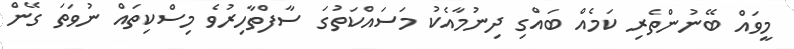
މީވައް ބޭނުންތެރި ކަމެއް ބައްގި ދިނުމާއެކު މަސައްކަތުގަ ސާފްތާހިރުވެ މިސްކިތައް ނުވަތަ ގޭން